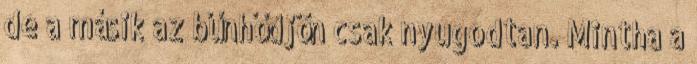
de a másik az bűnhődjön csak nyugodtan. Mintha a